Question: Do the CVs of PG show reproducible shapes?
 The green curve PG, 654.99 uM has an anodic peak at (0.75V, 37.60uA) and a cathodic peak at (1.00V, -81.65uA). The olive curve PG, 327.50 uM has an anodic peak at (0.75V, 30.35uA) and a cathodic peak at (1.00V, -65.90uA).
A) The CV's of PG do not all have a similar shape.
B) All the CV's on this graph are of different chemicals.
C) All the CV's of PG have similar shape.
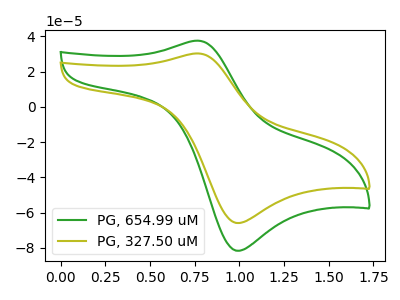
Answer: <think>All the peaks in "PG, 654.99 uM" have a peak in "PG, 327.50 uM" at the same potential. Every peak in "PG, 654.99 uM" is higher than every peak in "PG, 327.50 uM".
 </think>
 <answer>C) All the CV's of "PG" have similar shape.</answer>
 <eval>C</eval>